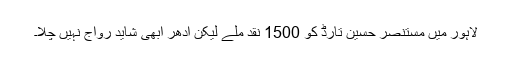
لاہور میں مستنصر حسین تارڈ کو 1500 نقد ملے لیکن ادھر ابھی شاید رواج نہیں چلا۔